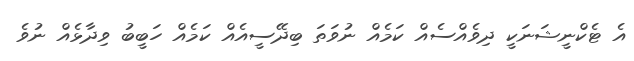
އެ ޓެކްނީޝަނަކީ ދިވެއްސެއް ކަމެއް ނުވަތަ ބިދޭސީއެއް ކަމެއް ހަބީބު ވިދާޅެއް ނުވެ